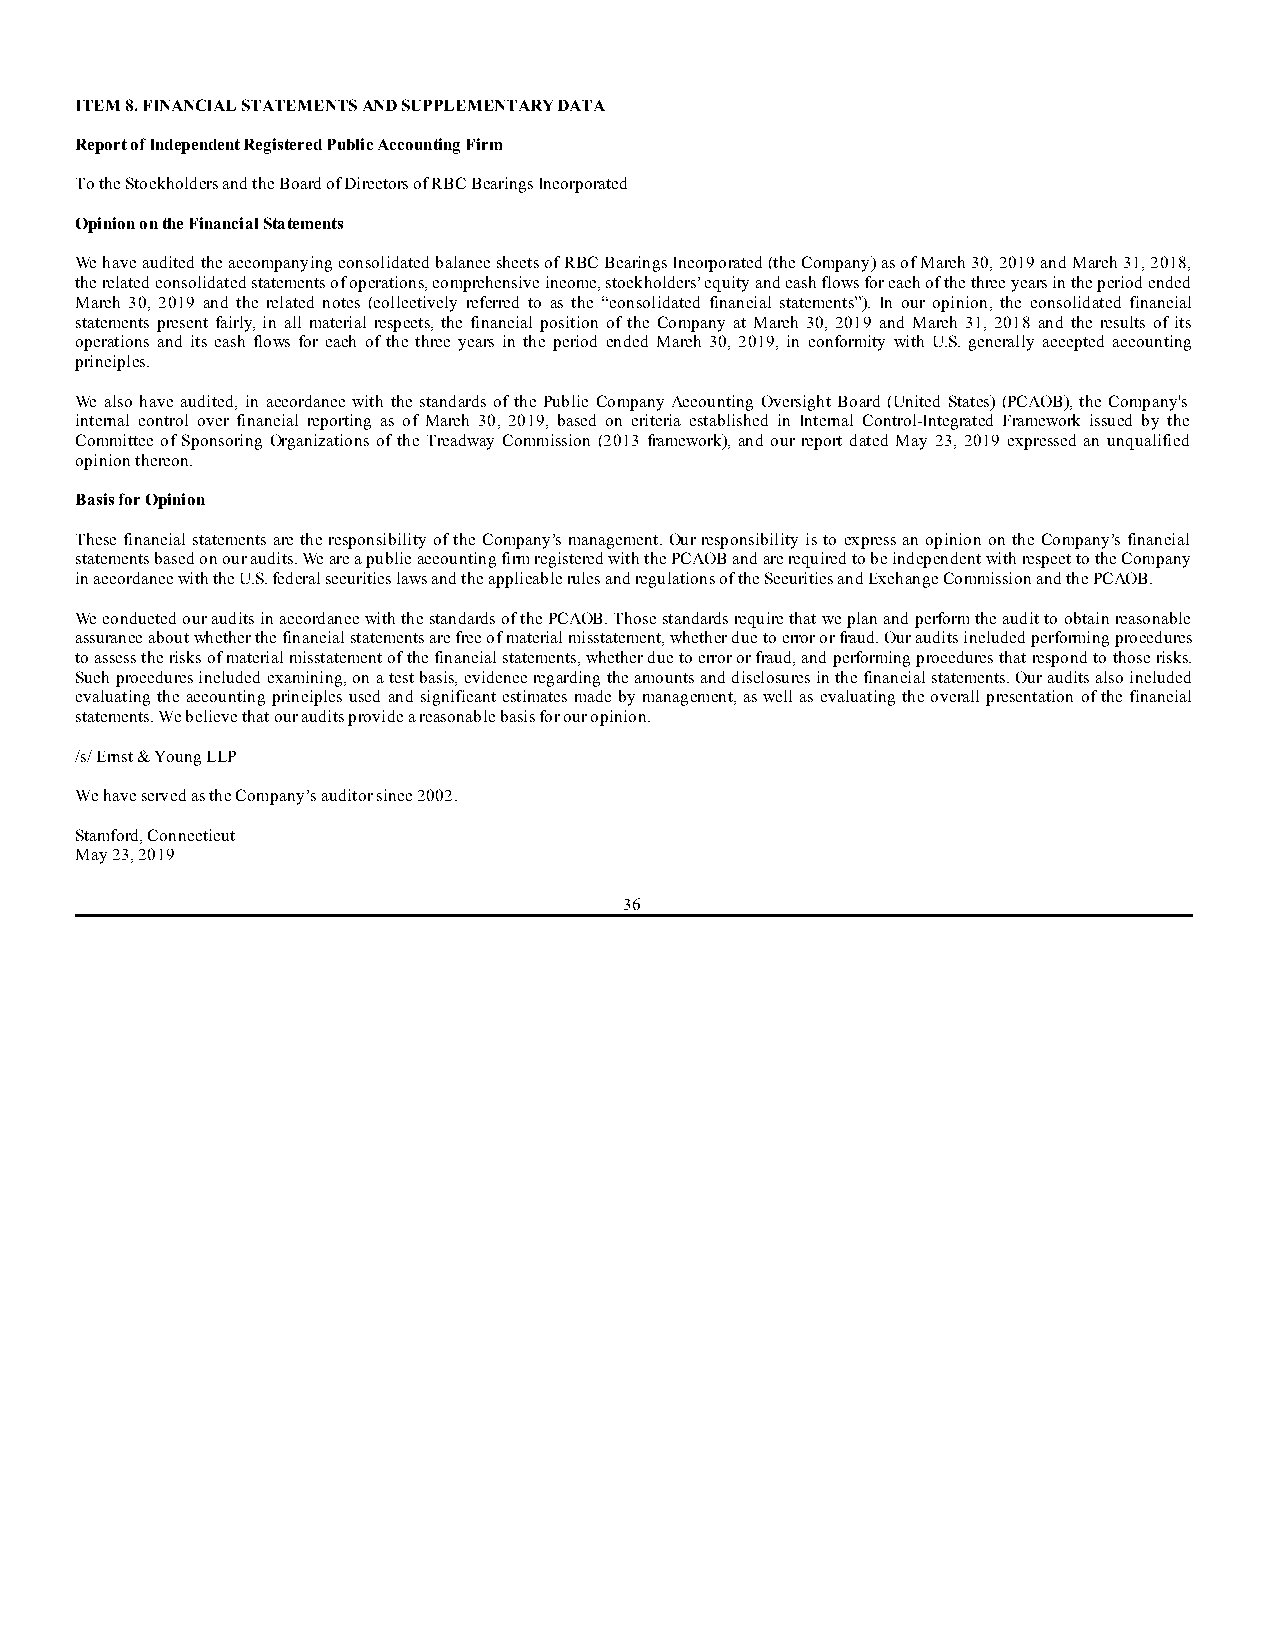
ITEM 8. FINANCIAL STATEMENTS AND SUPPLEMENTARY DATA
 Report of Independent Registered Public Accounting Firm
 To the Stockholders and the Board of Directors of RBC Bearings Incorporated
 Opinion on the Financial Statements
 We have audited the accompanying consolidated balance sheets of RBC Bearings Incorporated (the Company) as of March 30, 2019 and March 31, 2018,
 the related consolidated statements of operations, comprehensive income, stockholders’ equity and cash flows for each of the three years in the period ended
 March 30, 2019 and the related notes (collectively referred to as the “consolidated financial statements”). In our opinion, the consolidated financial
 statements present fairly, in all material respects, the financial position of the Company at March 30, 2019 and March 31, 2018 and the results of its
 operations and its cash flows for each of the three years in the period ended March 30, 2019, in conformity with U.S. generally accepted accounting
 principles.
 We also have audited, in accordance with the standards of the Public Company Accounting Oversight Board (United States) (PCAOB), the Company's
 internal control over financial reporting as of March 30, 2019, based on criteria established in Internal Control-Integrated Framework issued by the
 Committee of Sponsoring Organizations of the Treadway Commission (2013 framework), and our report dated May 23, 2019 expressed an unqualified
 opinion thereon.
 Basis for Opinion
 These financial statements are the responsibility of the Company’s management. Our responsibility is to express an opinion on the Company’s financial
 statements based on our audits. We are a public accounting firm registered with the PCAOB and are required to be independent with respect to the Company
 in accordance with the U.S. federal securities laws and the applicable rules and regulations of the Securities and Exchange Commission and the PCAOB.
 We conducted our audits in accordance with the standards of the PCAOB. Those standards require that we plan and perform the audit to obtain reasonable
 assurance about whether the financial statements are free of material misstatement, whether due to error or fraud. Our audits included performing procedures
 to assess the risks of material misstatement of the financial statements, whether due to error or fraud, and performing procedures that respond to those risks.
 Such procedures included examining, on a test basis, evidence regarding the amounts and disclosures in the financial statements. Our audits also included
 evaluating the accounting principles used and significant estimates made by management, as well as evaluating the overall presentation of the financial
 statements. We believe that our audits provide a reasonable basis for our opinion.
 /s/ Ernst & Young LLP
 We have served as the Company’s auditor since 2002.
 Stamford, Connecticut
 May 23, 2019
 36